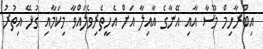
އިބްރާހިމް މޫސާ އާއި އޭނާގެ އާއިލާ އަށް އެހީތެރިވެލައްވާ މިކަމާއި ގުޅޭ އިތުރު